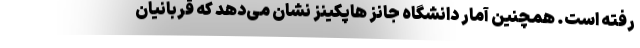
رفته است. همچنین آمار دانشگاه جانز هاپکینز نشان می‌دهد که قربانیان